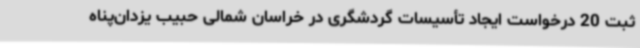
ثبت 20 درخواست ایجاد تأسیسات گردشگری در خراسان شمالی حبیب یزدان‌پناه